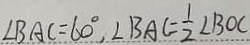
\angle B A C = 6 0 ^ { \circ } , \angle B A C = \frac { 1 } { 2 } \angle B O C